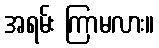
အရမ်း ကြာမလား။